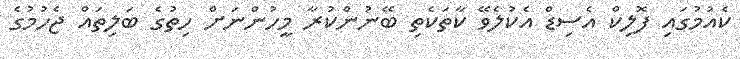
ކެއުމުގައި ފޮލިކް އެސިޑް އެކުލެވޭ ކާތަކެތި ބޭނުންކުރާ މީހުންނަށް ހިތުގެ ބަލިތައް ޖެހުމުގެ